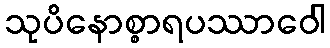
သုပိနောစ္စာရပဿာဝေါ